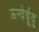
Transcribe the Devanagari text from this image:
ऊन्देर्वूद्